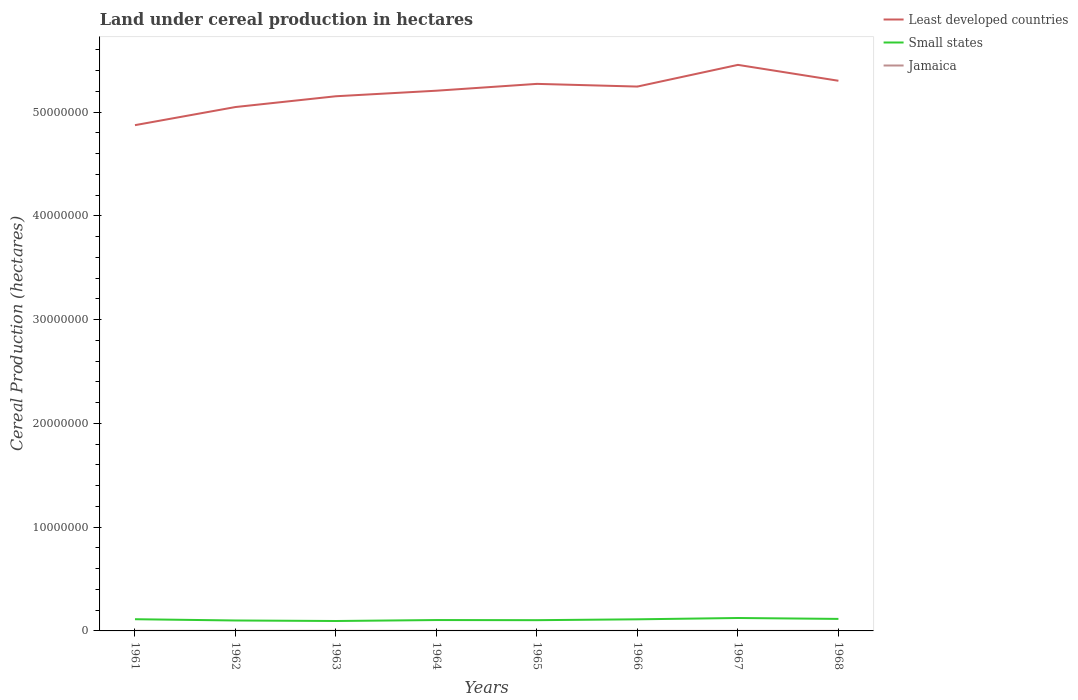
| Years | Least developed countries | Small states | Jamaica |
 | --- | --- | --- | --- |
 | 1961 | 4.87e+07 | 1.13e+06 | 9.71e+03 |
 | 1962 | 5.05e+07 | 1.01e+06 | 8.58e+03 |
 | 1963 | 5.15e+07 | 9.56e+05 | 8.62e+03 |
 | 1964 | 5.21e+07 | 1.05e+06 | 5.96e+03 |
 | 1965 | 5.27e+07 | 1.04e+06 | 4.82e+03 |
 | 1966 | 5.25e+07 | 1.12e+06 | 5.98e+03 |
 | 1967 | 5.46e+07 | 1.25e+06 | 3.59e+03 |
 | 1968 | 5.3e+07 | 1.16e+06 | 3.98e+03 |